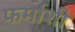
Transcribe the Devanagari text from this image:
फर्माशी